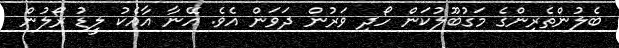
ބެލުންތެރިންގެ މަގުބޫލުކަން ހޯދި ވަރުން ދަވަން އެވެ. އޭނާ އާއެކު ލީޑު ރޯލުން